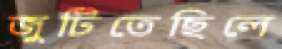
জুটিতেছিলে